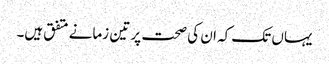
یہاں تک کہ ان کی صحت پر تین زمانے متفق ہیں۔